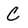
Character: c